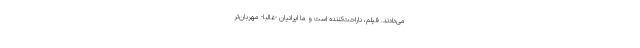
می‌دادند. فیلم، ناراحت‌کننده است و ما ایرانیان -غالباً- مهربان‌تر